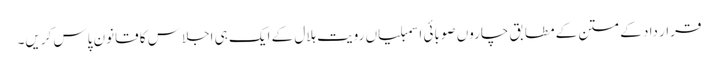
قرار داد کے متن کے مطابق چاروں صوبائی اسمبلیاں رویت ہلال کے ایک ہی اجلاس کا قانون پاس کریں۔